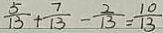
\frac { 5 } { 1 3 } + \frac { 7 } { 1 3 } - \frac { 2 } { 1 3 } = \frac { 1 0 } { 1 3 }